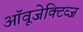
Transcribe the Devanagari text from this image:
ऑवूजेक्टिव्ज